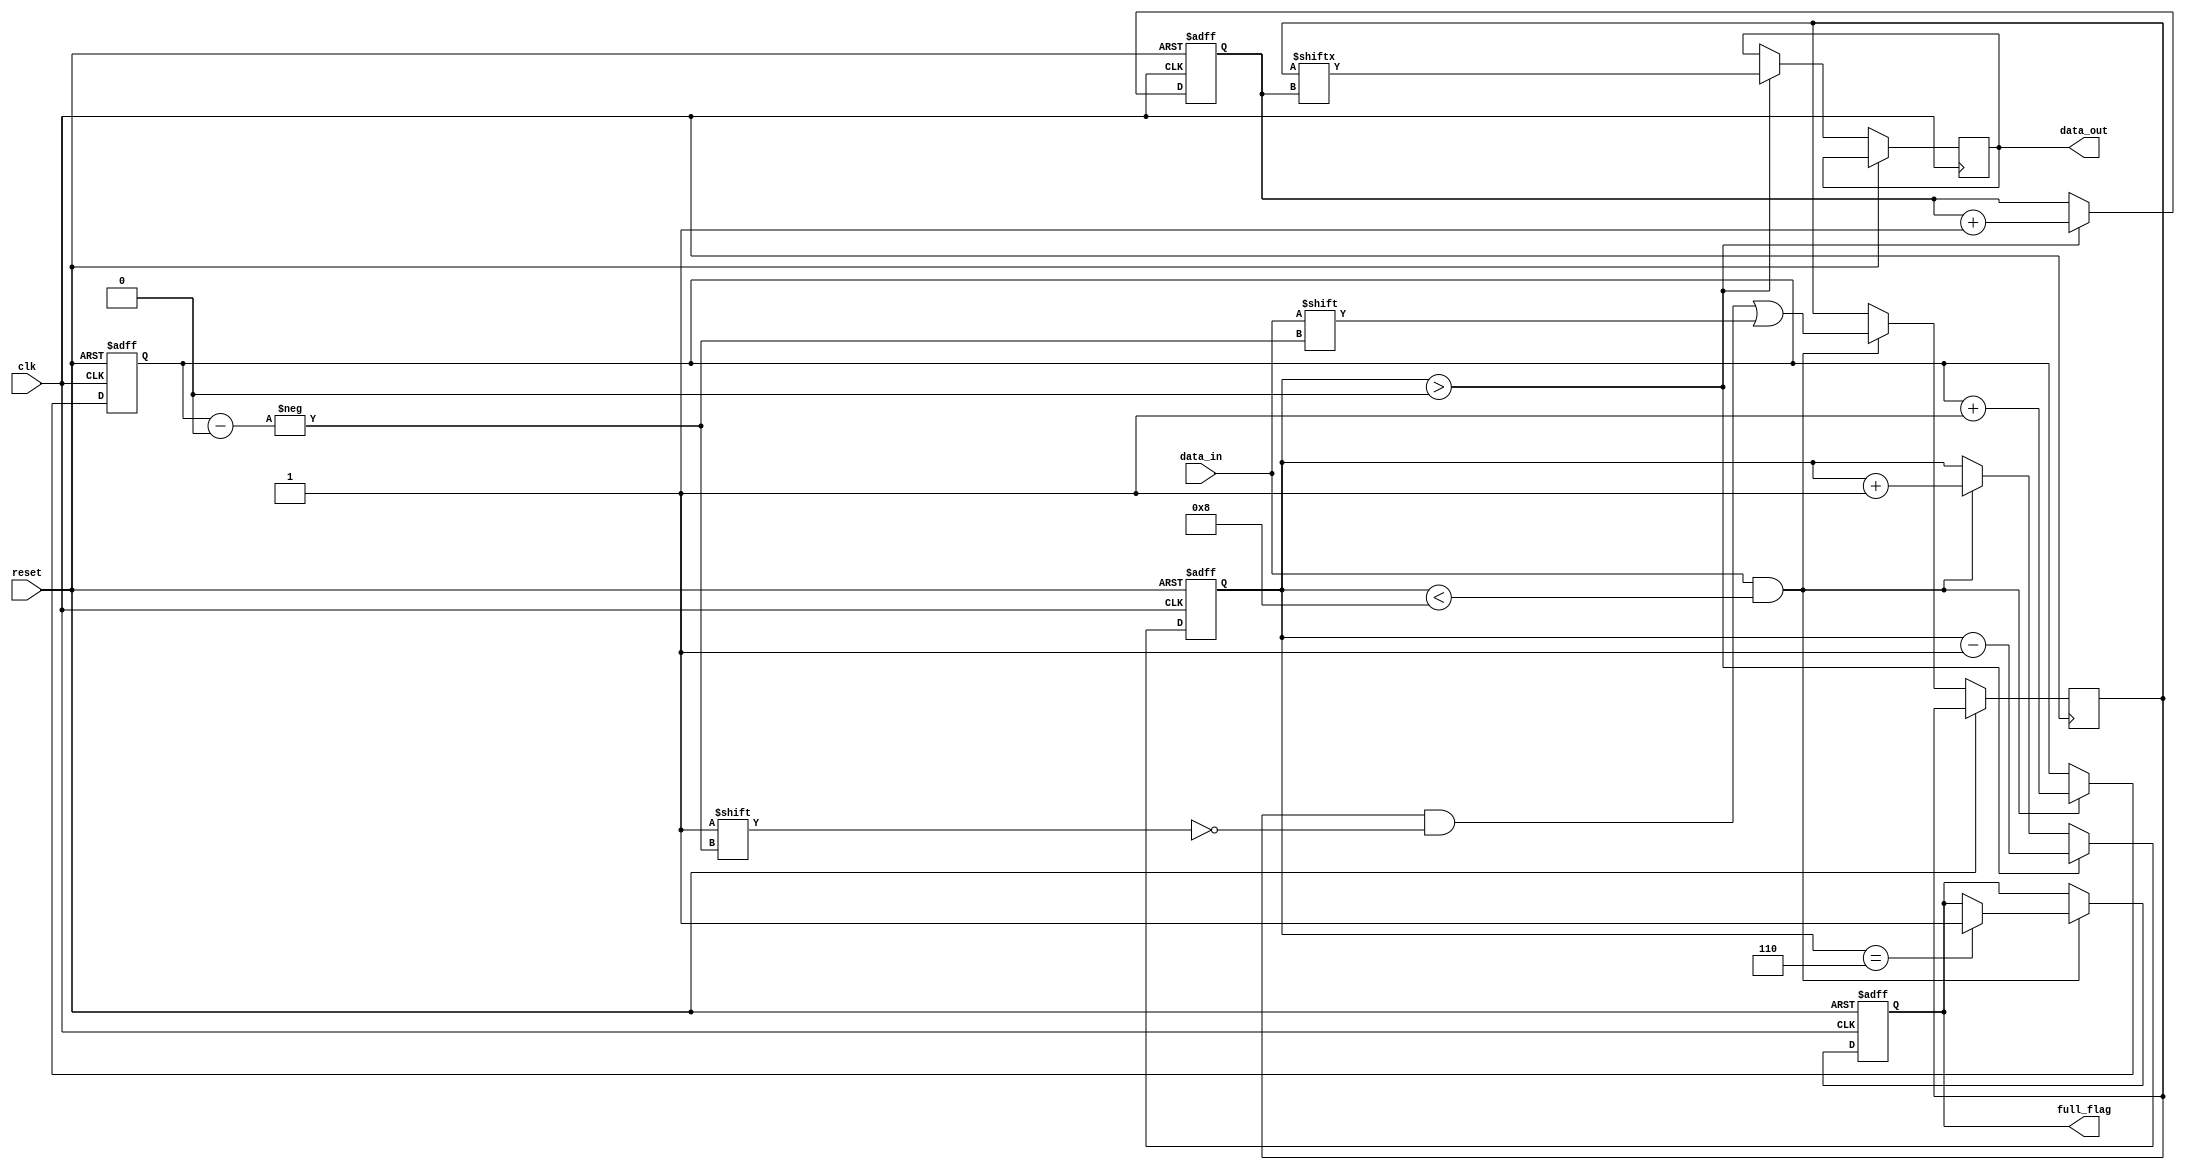
module Almost_Full_FIFO (
    input clk,
    input reset,
    input data_in,
    output data_out,
    output full_flag
);

parameter FIFO_SIZE = 8; // Size of the FIFO buffer
parameter ALMOST_FULL_THRESHOLD = 6; // Threshold to trigger almost full flag

reg [2:0] write_ptr;
reg [2:0] read_ptr;
reg [2:0] count;
reg full_flag;

reg [FIFO_SIZE-1:0] buffer;

always @(posedge clk or posedge reset) begin
    if (reset) begin
        write_ptr <= 3'b000;
        read_ptr <= 3'b000;
        count <= 3'b000;
        full_flag <= 0;
    end else begin
        if (data_in && count < FIFO_SIZE) begin
            buffer[write_ptr] <= data_in;
            write_ptr <= write_ptr + 1;
            count <= count + 1;
            if (count == ALMOST_FULL_THRESHOLD) begin
                full_flag <= 1;
            end
        end
        
        if (count > 0) begin
            data_out <= buffer[read_ptr];
            read_ptr <= read_ptr + 1;
            count <= count - 1;
        end
    end
end

endmodule